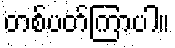
တစ်ပတ်ကြာပါ။